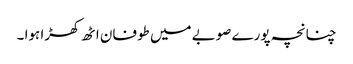
چنانچہ پورے صوبے میں طوفان اٹھ کھڑا ہوا ۔